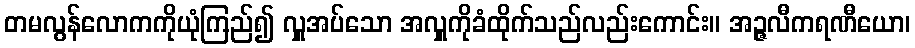
တမလွန်လောကကိုယုံကြည်၍ လှူအပ်သော အလှူကိုခံထိုက်သည်လည်းကောင်း။ အဉ္ဇလီကရဏီယော၊